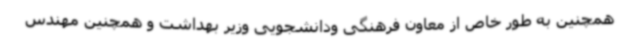
همچنین به طور خاص از معاون فرهنگی ودانشجویی وزیر بهداشت و همچنین مهندس